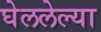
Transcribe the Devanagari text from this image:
घेललेल्या